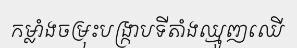
កម្លាំងចម្រុះបង្ក្រាបទីតាំងឈ្មួញឈើ